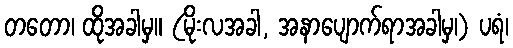
တတော၊ ထိုအခါမှ။ (မိုးလအခါ, အနာပျောက်ရာအခါမှ၊) ပရံ၊